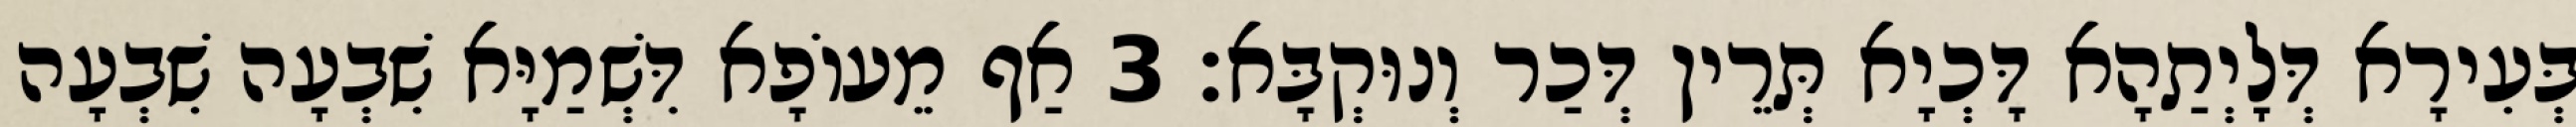
בְּעִירָא דְּלָיְתַהָא דָּכְיָא תְּרֵין דְּכַר וְנוּקְבָּא׃ 3 אַף מֵעוֹפָא דִּשְׁמַיָּא שִׁבְעָה שִׁבְעָה